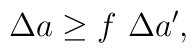
\Delta a\geq f~\Delta a^{\prime },